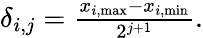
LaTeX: \begin{array}{r}{\delta_{i,j}=\frac{x_{i,\mathrm{max}}-x_{i,\mathrm{min}}}{2^{j+1}}.}\end{array}